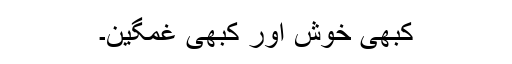
کبھی خوش اور کبھی غمگین۔